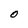
Character: O